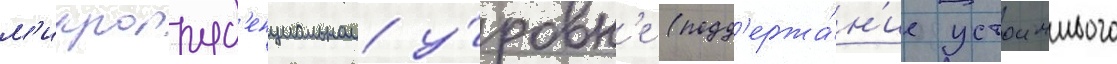
м'икропруд'енциальном у́ровн'е (подд'ержа́н'ие устоичивого